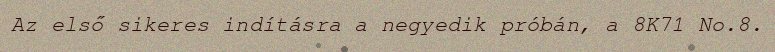
Az első sikeres indításra a negyedik próbán, a 8K71 No.8.